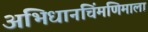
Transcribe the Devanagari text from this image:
अभिधानचिंमणिमाला